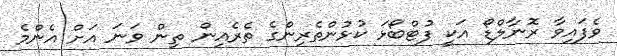
ވެފައިވާ ރޮނާލްޑޯ އަކީ ފުޓްބޯޅަ ކުޅުންތެރިންގެ ތެރެއިން ތިން ވަނަ އަށް އެންމެ